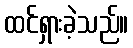
ထင်ရှားခဲ့သည်။